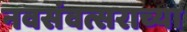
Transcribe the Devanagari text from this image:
नवसंवत्सराच्या